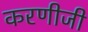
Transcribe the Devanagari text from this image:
करणीजी